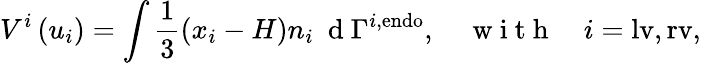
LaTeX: V^{i}\left(u_{i}\right)=\int\frac{1}{3}\left(x_{i}-H\right)n_{i}\ \mathrm{~d~}\Gamma^{i,\mathrm{{endo}}},\quad\mathrm{~w~i~t~h~}\quad i=\mathrm{{lv},\mathrm{{rv},}}